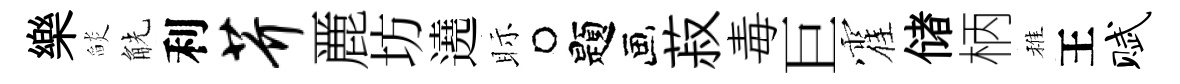
樂𦦨觥利芥䴡坊遶眎题菽毒巨霍储柄稚王赋